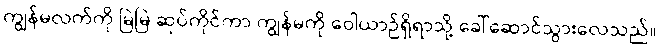
ကျွန်မလက်ကို မြဲမြဲ ဆုပ်ကိုင်ကာ ကျွန်မကို ဝေါယာဉ်ရှိရာသို့ ခေါ်ဆောင်သွားလေသည်။